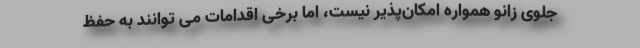
جلوی زانو همواره امکان‌پذیر نیست، اما برخی اقدامات می توانند به حفظ